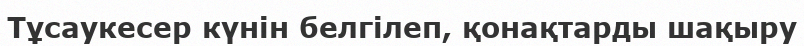
Тұсаукесер күнін белгілеп, қонақтарды шақыру